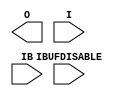


module IBUFDS_IBUFDISABLE_INT (O, I, IB, IBUFDISABLE);

`ifdef XIL_TIMING
  parameter LOC = "UNPLACED";
`endif // `ifdef XIL_TIMING
  parameter DIFF_TERM = "FALSE";
  parameter DQS_BIAS = "FALSE";
  parameter IBUF_LOW_PWR = "TRUE";
  parameter IOSTANDARD = "DEFAULT";
  parameter USE_IBUFDISABLE = "TRUE";

  localparam MODULE_NAME = "IBUFDS_IBUFDISABLE_INT";


    output O;

    input  I;
    input  IB;
    input  IBUFDISABLE;

endmodule